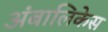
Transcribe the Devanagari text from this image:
अंबालिकेस